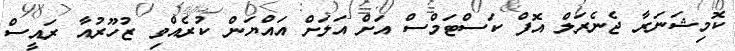
ކޮމިޝަނަރާ ޖެނެރަލް އޮފް ކަސްޓަމްސް އަށް އަލަށް އައްޔަން ކުރެއްވި ޒުހޫރުއާ ރައީސް